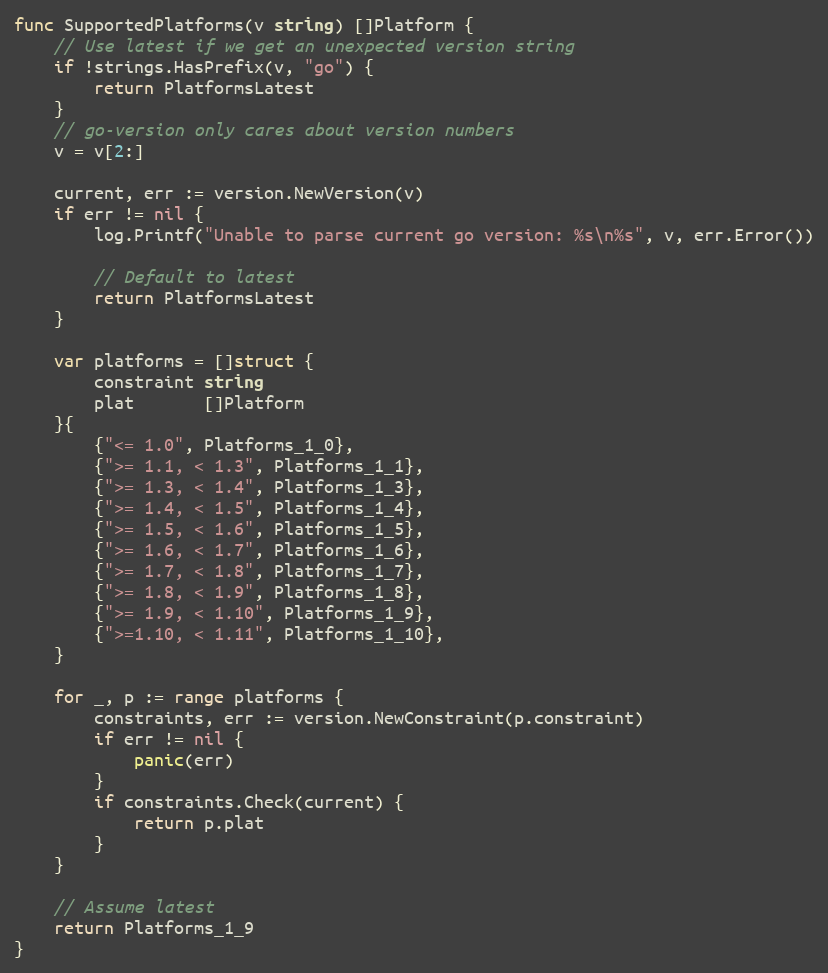
Language: Go
func SupportedPlatforms(v string) []Platform {
	// Use latest if we get an unexpected version string
	if !strings.HasPrefix(v, "go") {
		return PlatformsLatest
	}
	// go-version only cares about version numbers
	v = v[2:]

	current, err := version.NewVersion(v)
	if err != nil {
		log.Printf("Unable to parse current go version: %s\n%s", v, err.Error())

		// Default to latest
		return PlatformsLatest
	}

	var platforms = []struct {
		constraint string
		plat       []Platform
	}{
		{"<= 1.0", Platforms_1_0},
		{">= 1.1, < 1.3", Platforms_1_1},
		{">= 1.3, < 1.4", Platforms_1_3},
		{">= 1.4, < 1.5", Platforms_1_4},
		{">= 1.5, < 1.6", Platforms_1_5},
		{">= 1.6, < 1.7", Platforms_1_6},
		{">= 1.7, < 1.8", Platforms_1_7},
		{">= 1.8, < 1.9", Platforms_1_8},
		{">= 1.9, < 1.10", Platforms_1_9},
		{">=1.10, < 1.11", Platforms_1_10},
	}

	for _, p := range platforms {
		constraints, err := version.NewConstraint(p.constraint)
		if err != nil {
			panic(err)
		}
		if constraints.Check(current) {
			return p.plat
		}
	}

	// Assume latest
	return Platforms_1_9
}